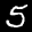
Label: 5